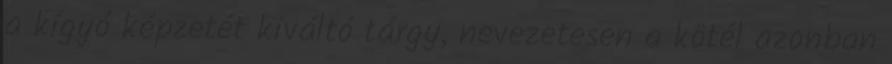
a kígyó képzetét kiváltó tárgy, nevezetesen a kötél azonban